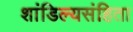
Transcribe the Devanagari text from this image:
शांडिल्यसंहिता